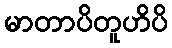
မာတာပိတူဟိပိ